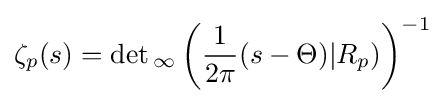
\zeta _{p}(s)=\det {}_{\infty }\left({\frac {1}{2\pi }}(s-\Theta )|R_{p})\right)^{-1}